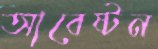
আবেষ্টন